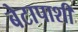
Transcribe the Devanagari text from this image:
बेटापाशी